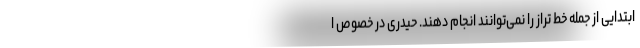
ابتدایی از جمله خط تراز را نمی‌توانند انجام دهند. حیدری در خصوص ا